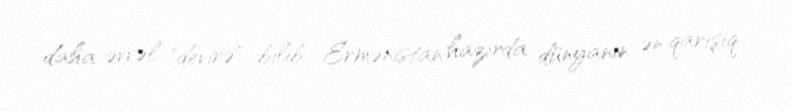
daha əvvəl "devirə" bilib... Ermənistan hazırda dünyanın ən qarışıq